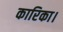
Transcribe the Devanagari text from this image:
कारिका।